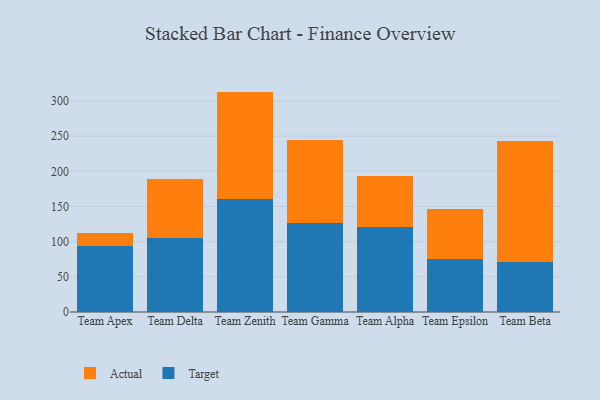
{"axis": {"x": "Team", "y": "Operating Costs (USD K)"}, "legend": ["Actual", "Target"], "data": [{"x": "Team Apex", "y": 94.3, "type": "Target"}, {"x": "Team Apex", "y": 17.6, "type": "Actual"}, {"x": "Team Delta", "y": 105.8, "type": "Target"}, {"x": "Team Delta", "y": 83.2, "type": "Actual"}, {"x": "Team Zenith", "y": 160.0, "type": "Target"}, {"x": "Team Zenith", "y": 153.3, "type": "Actual"}, {"x": "Team Gamma", "y": 127.1, "type": "Target"}, {"x": "Team Gamma", "y": 116.9, "type": "Actual"}, {"x": "Team Alpha", "y": 120.7, "type": "Target"}, {"x": "Team Alpha", "y": 72.1, "type": "Actual"}, {"x": "Team Epsilon", "y": 74.8, "type": "Target"}, {"x": "Team Epsilon", "y": 71.5, "type": "Actual"}, {"x": "Team Beta", "y": 71.1, "type": "Target"}, {"x": "Team Beta", "y": 172.5, "type": "Actual"}]}